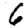
Digit: 6